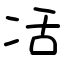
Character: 㓉